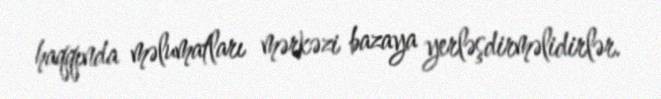
haqqında məlumatları mərkəzi bazaya yerləşdirməlidirlər.